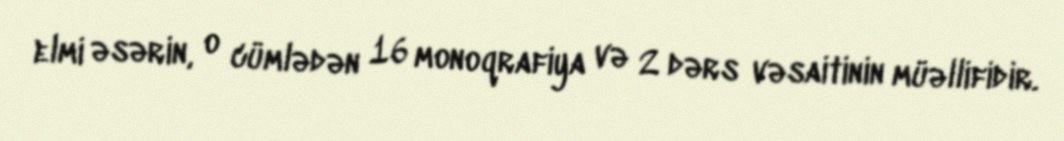
elmi əsərin, o cümlədən 16 monoqrafiya və 2 dərs vəsaitinin müəllifidir.